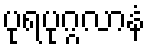
ပုရပုဂ္ဂလာနံ